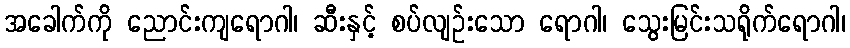
အခေါက်ကို ညောင်းကျရောဂါ၊ ဆီးနှင့် စပ်လျဉ်းသော ရောဂါ၊ သွေးမြင်းသရိုက်ရောဂါ၊